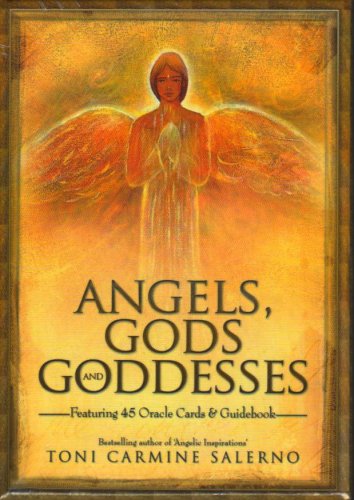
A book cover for Angels, Gods, And Goddesses; Toni Carmine Solarno; Humor & Entertainment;